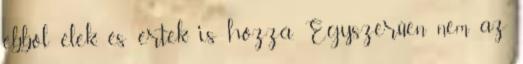
ebből élek, és értek is hozzá. Egyszerűen nem az